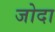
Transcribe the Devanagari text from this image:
जोदा